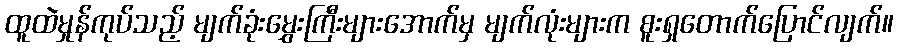
ထူထဲမှုန်ကုပ်သည့် မျက်ခုံးမွှေးကြီးများအောက်မှ မျက်လုံးများက စူးရှတောက်ပြောင်လျက်။